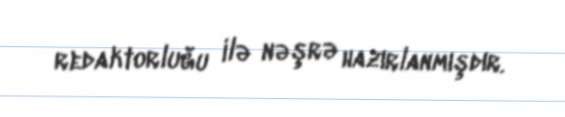
redaktorluğu ilə nəşrə hazırlanmışdır.